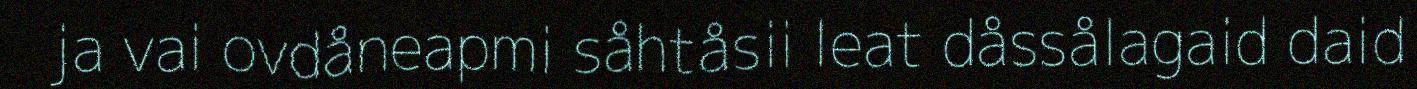
ja vai ovdåneapmi såhtåsii leat dåssålagaid daid